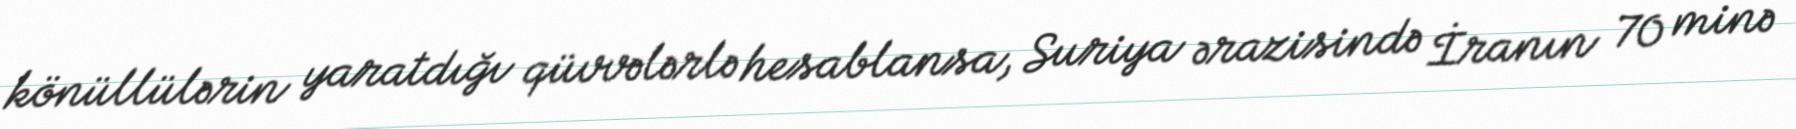
könüllülərin yaratdığı qüvvələrlə hesablansa, Suriya ərazisində İranın 70 minə